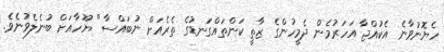
ހެޔޮނުވާނެ އެކުއްޖާ އަހަރުމެން ދެމީހުންގެ ޒާތީ ކަންތައްގަނޑުގެ ތެރެއަށް ނުބައްސާ" ޔޫހާއަށް ބުނެލެވުނެވެ.